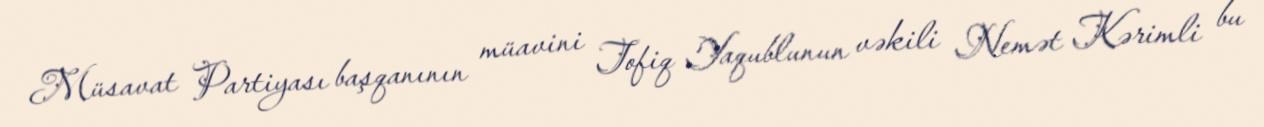
Müsavat Partiyası başqanının müavini Tofiq Yaqublunun vəkili Nemət Kərimli bu